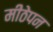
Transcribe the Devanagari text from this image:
मीठेपन